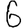
Digit: 6